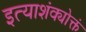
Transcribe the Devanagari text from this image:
इत्याशंक्योक्तं